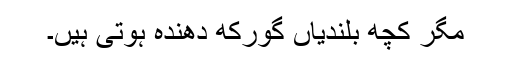
مگر کچھ بلندیاں گورکھ دھندہ ہوتی ہیں۔